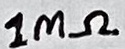
Text: 1MΩ